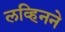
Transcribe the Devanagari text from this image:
लव्हिनने